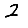
Digit: 2